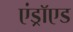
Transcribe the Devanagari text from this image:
एंड्राॅएड